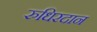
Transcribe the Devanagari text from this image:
रुधिरदान